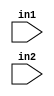
module fp_op_trials (
    input  wire signed  [2:-6]  in1,
    input  wire signed  [1:-15] in2
);

    wire signed [-9:-19] x_mul_0;
    wire signed [-8:-18] x_mul_1;
    wire signed [2:-23] y_mul_1;
    wire signed [2:-22] y_mul_2;

    wire signed [2:-16] x_sum;
    wire signed [3:-23]  y_sum;

    wire signed [2:-23] x_sum_ext;
    // x coefficients
    wire [-11:-15] a_0 = 5'b11111;  //U[-10,5]
    wire [-10:-14] a_1 = 5'b11111;  //U[-9,5]
    wire [-11:-15] a_2 = 5'b11111;  //U[-10,5]
    // y coefficients
    wire [1:-8] b_1 = 9'b111101001; //U[1,8]
    wire signed [1:-7] b_2 = 8'b10001011; //S[1,7]

    assign x_mul_0 = in1 * a_0;
    assign x_mul_1 = in1 * a_1;

    assign y_mul_1 = in2 * b_1;
    assign y_mul_2 = in2 * b_2;

    assign x_sum   = in1 + a_0;
    assign y_sum   = in2 + b_1;

    assign x_sum_ext = x_sum << 12;


    
endmodule